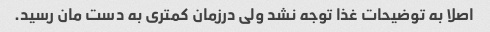
اصلا به توضیحات غذا توجه نشد ولی درزمان کمتری به دست مان رسید.